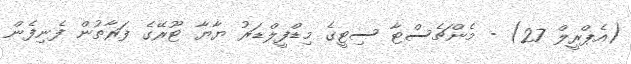
(އެޕްރީލް 27) - މެންޗެސްޓާ ސިޓީގެ މިޑްފީލްޑަރު ޔާޔާ ޓޫރޭގެ ފަރާތުން ފެނިފެން